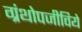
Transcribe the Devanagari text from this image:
ग्रंथोपजीविये